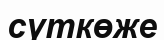
сүткөже